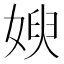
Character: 𱙚